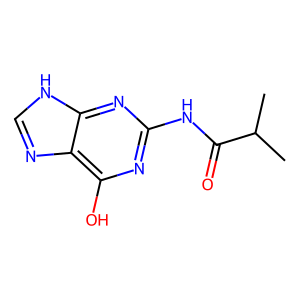
SMILES: CC(C)C(=O)Nc1nc(O)c2nc[nH]c2n1
Inhibits HIV replication: No